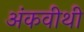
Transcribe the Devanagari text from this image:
अंकवीथी